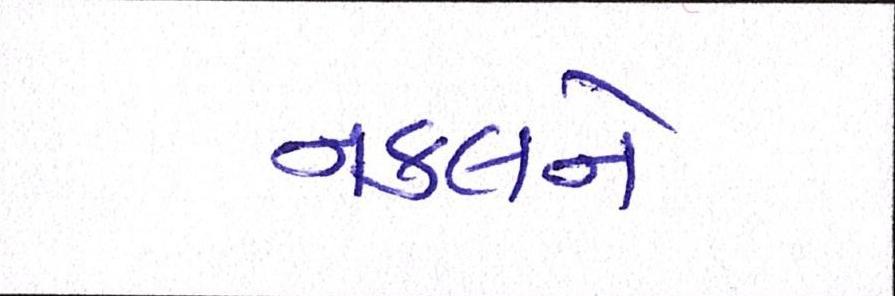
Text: નકલને